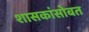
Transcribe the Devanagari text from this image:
शासकांसोबत